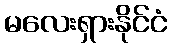
မလေးရှားနိုင်ငံ